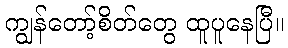
ကျွန်တော့်စိတ်တွေ ထူပူနေပြီ။